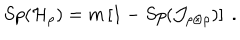
LaTeX: S p ( { \cal H } _ { \rho } ) = m \left[ 1 - S p ( { \cal J } _ { \rho \otimes \rho } ) \right] \ .